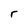
Character: r